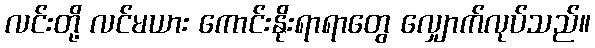
လင်းတို့ လင်မယား ကောင်းနိုးရာရာတွေ လျှောက်လုပ်သည်။